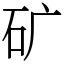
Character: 矿